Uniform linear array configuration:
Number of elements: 16
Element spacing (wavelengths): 0.5
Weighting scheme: binomial
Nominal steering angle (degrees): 45
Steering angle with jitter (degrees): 44.121
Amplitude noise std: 0.05
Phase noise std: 0.05

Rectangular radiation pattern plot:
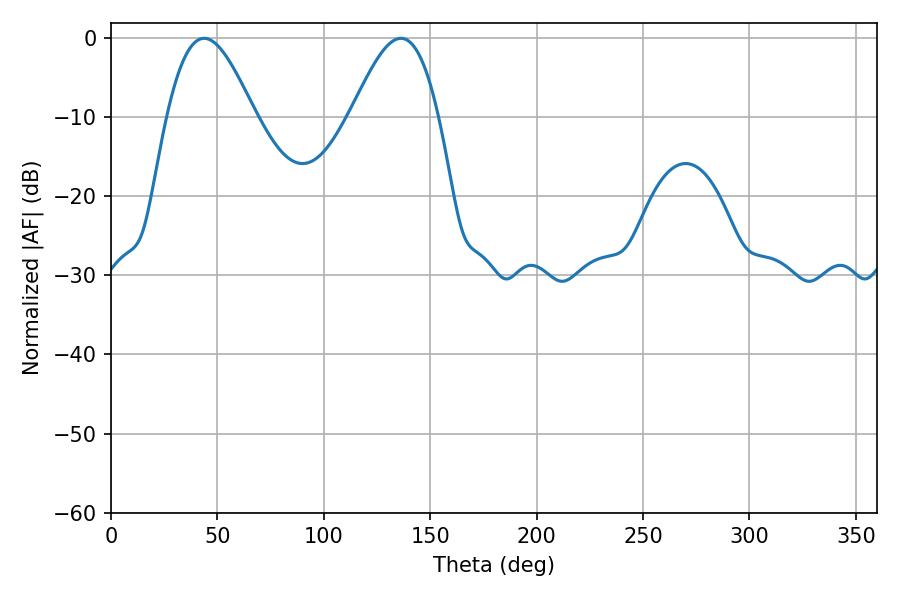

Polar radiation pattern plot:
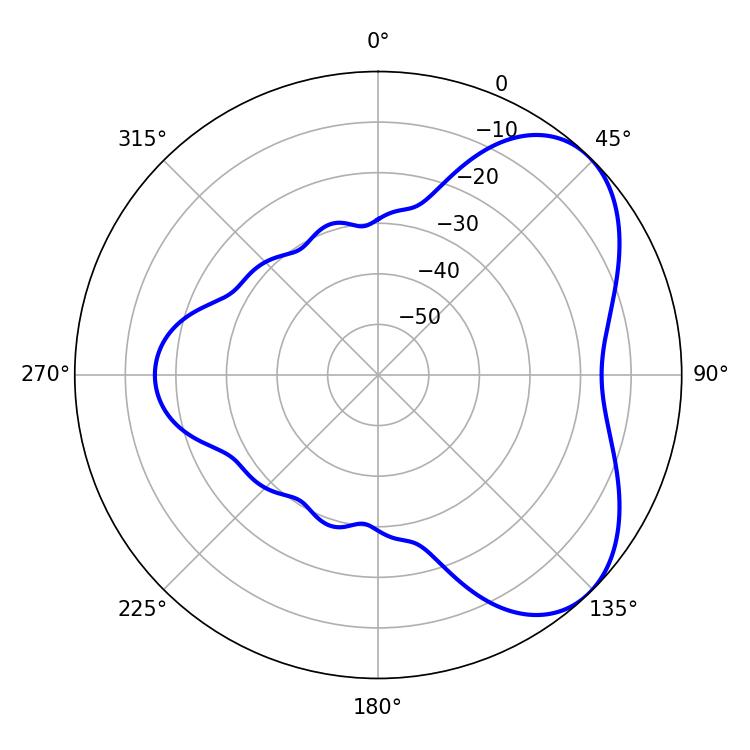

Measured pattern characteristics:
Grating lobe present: FALSE
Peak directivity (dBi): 5.214
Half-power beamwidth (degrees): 22.14
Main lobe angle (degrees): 43.74